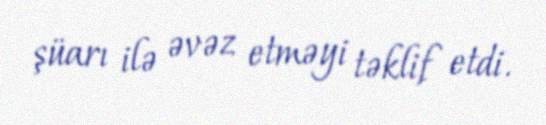
şüarı ilə əvəz etməyi təklif etdi.